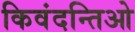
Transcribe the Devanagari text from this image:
किवंदन्तिओ